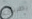
بطريق